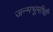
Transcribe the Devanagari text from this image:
जन्मभूमीची